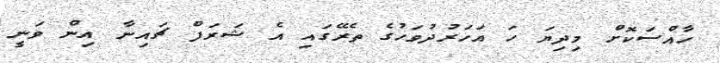
ހާއްސަކޮށް މިދިޔަ ހަ އަހަރުދުވަހުގެ ތެރޭގައި އެ ޝަރަފް ޗައިނާ އިން ވަނީ